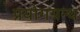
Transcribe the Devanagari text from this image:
प्रयोगग्रन्थ